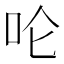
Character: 𪠵